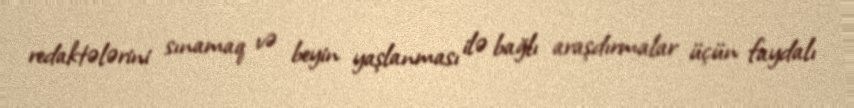
redaktələrini sınamaq və beyin yaşlanması ilə bağlı araşdırmalar üçün faydalı